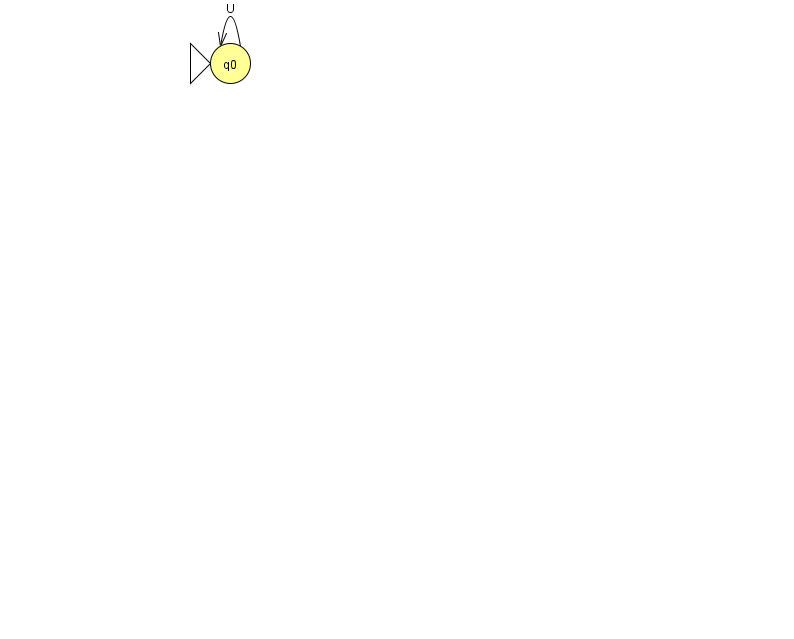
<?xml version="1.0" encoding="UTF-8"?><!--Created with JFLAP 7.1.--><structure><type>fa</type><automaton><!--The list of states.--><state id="0" name="q0"><x>230.0</x><y>50.0</y><initial/></state><!--The list of transitions.--><transition><from>0</from><to>0</to><read>U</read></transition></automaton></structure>